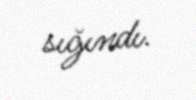
sığındı.